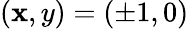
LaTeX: (\mathbf{x},y)=(\pm1,0)